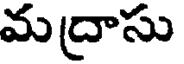
మద్రాసు